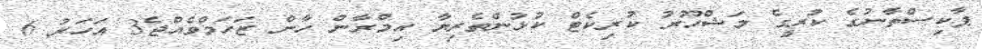
ޕާކިސްތާނުގެ ކުރީގެ މަޝްހޫރު ކުރިކެޓް ކުޅުންތެރިޔާ އިމްރާން ހާން ޒަހަމްވެއްޖެ3 އަހަރު 6